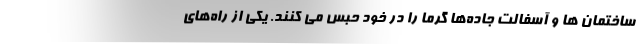
ساختمان ها و آسفالت جاده‌ها گرما را در خود حبس می کنند. یکی از راه‌های